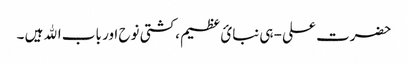
حضرت علی -ہی نبائ عظیم ،کشتی نوح اور باب اﷲ ہیں ۔